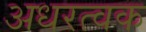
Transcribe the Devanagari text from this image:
अधरत्वक